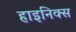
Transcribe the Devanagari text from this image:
हाइनिक्स